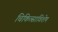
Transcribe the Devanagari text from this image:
चिकित्साविशेष